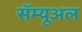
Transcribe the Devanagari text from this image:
सॅम्यूअल